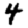
Digit: 4